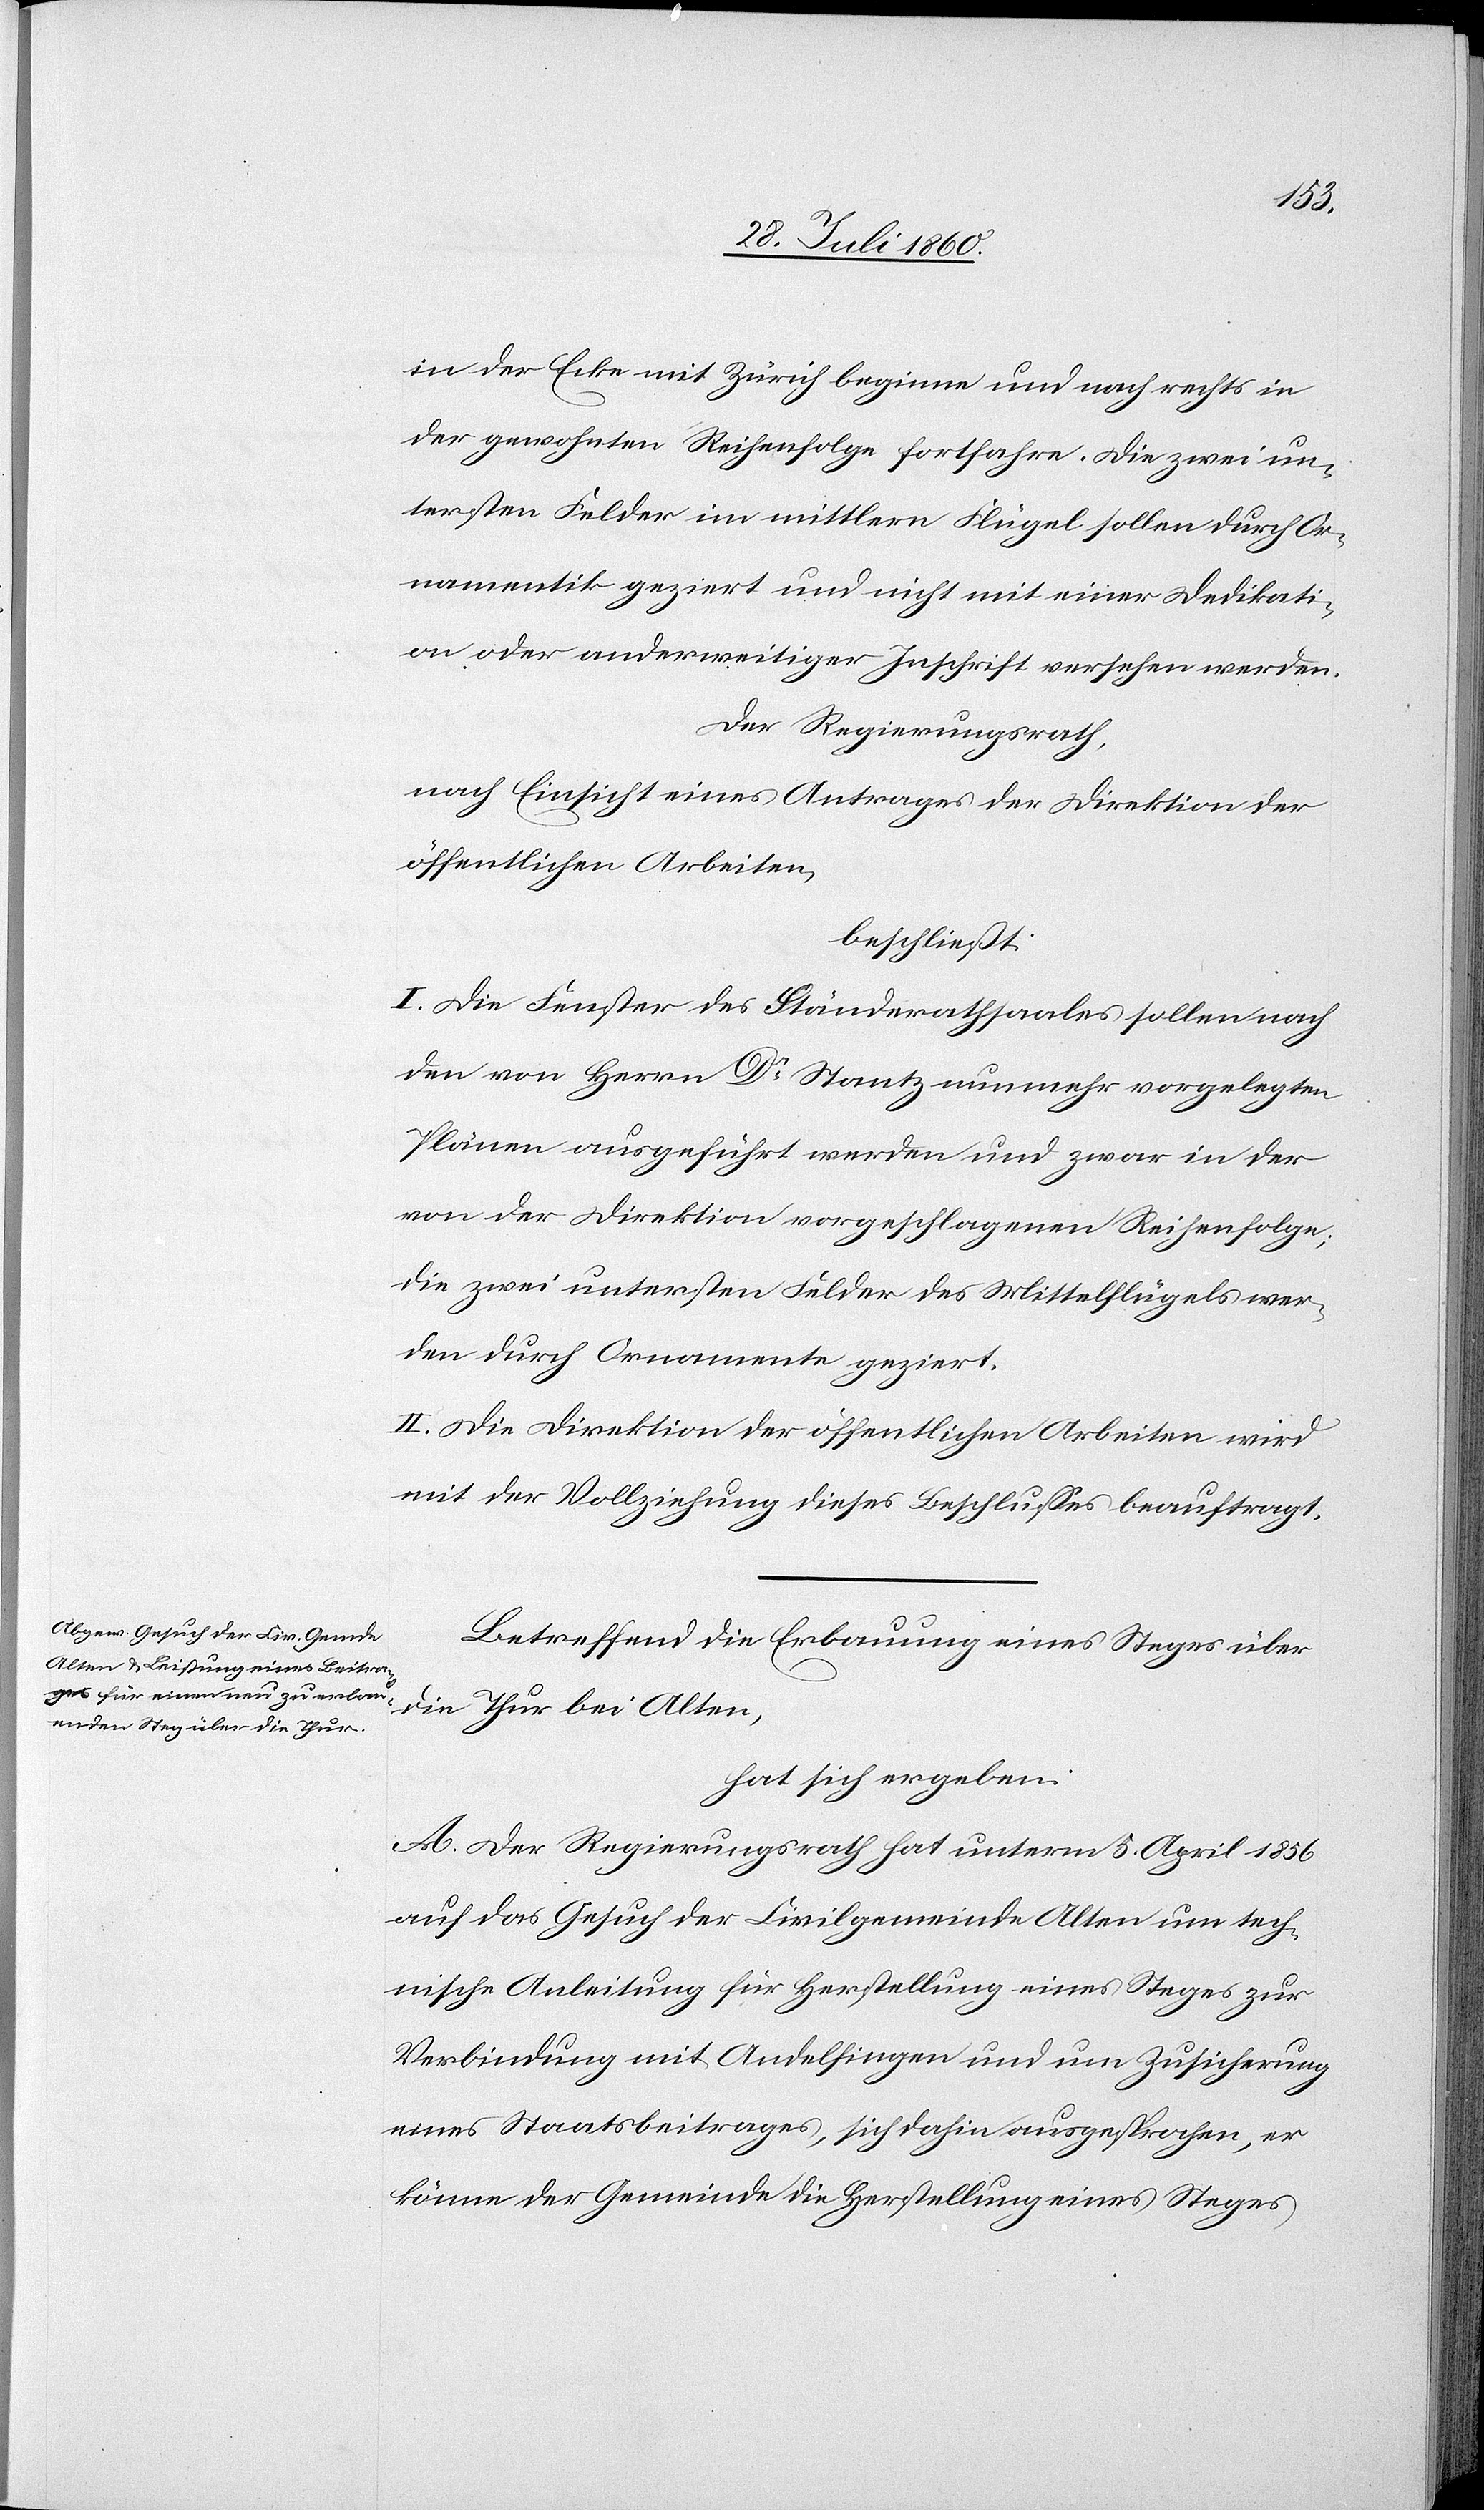
in der Ecke mit Zürich beginne u. nach rechts in
der gewohnten Reihenfolge fortfahre. Die zwei un¬
tersten Felder im mittlern Flügel sollen durch Or¬
namentik geziert und nicht mit einer Dedikati¬
on oder anderweitiger Inschrift versehen werden.
Der Regierungsrath,
nach Einsicht eines Antrages der Direktion der
öffentlichen Arbeiten,
beschliesst:
I. Die Fenster des Ständerathsaales sollen nach
den von Herrn Dr Stanz [sic!] nunmehr vorgelegten
Plänen ausgeführt werden und zwar in der
von der Direktion vorgeschlagenen Reihenfolge;
die zwei untersten Felder des Mittelflügels wer¬
den durch Ornamente geziert.
II. Die Direktion der öffentlichen Arbeiten wird
mit der Vollziehung dieses Beschlusses beauftragt.
Betreffend die Erbauung eines Steges über
die Thur bei Alten
hat sich ergeben:
A. Der Regierungsrath hat unterm 5. April 1856
auf das Gesuch der Civilgemeinde Alten um tech¬
nische Anleitung für Herstellung eines Steges zur
Verbindung mit Andelfingen und um Zusicherung
eines Staatsbeitrages, sich dahin ausgesprochen, er
könne der Gemeinde die Herstellung eines Steges